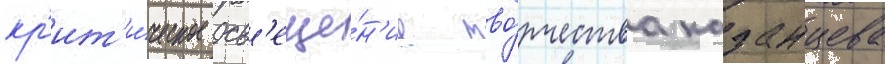
кр'ит'и́ческое осв'еще́н'ие тво́рчества казанцева